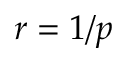
r = 1 / p